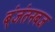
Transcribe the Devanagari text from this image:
ब्ंजंतनबज